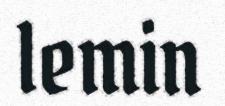
lemin